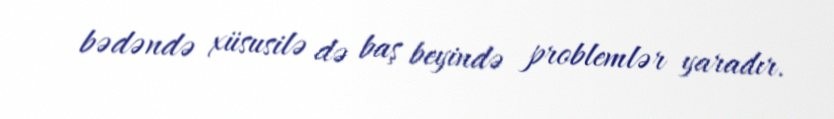
bədəndə xüsusilə də baş beyində problemlər yaradır.